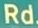
Rd